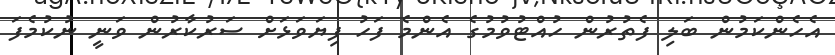
އެހެންކަމުން ބަލި ފެތުރުން ހުއްޓުވުމުގެ އެންމެ ފަހު ފިޔަވަޅަށް ސަރުކާރުން ވަނީ ނުކުމެފަ